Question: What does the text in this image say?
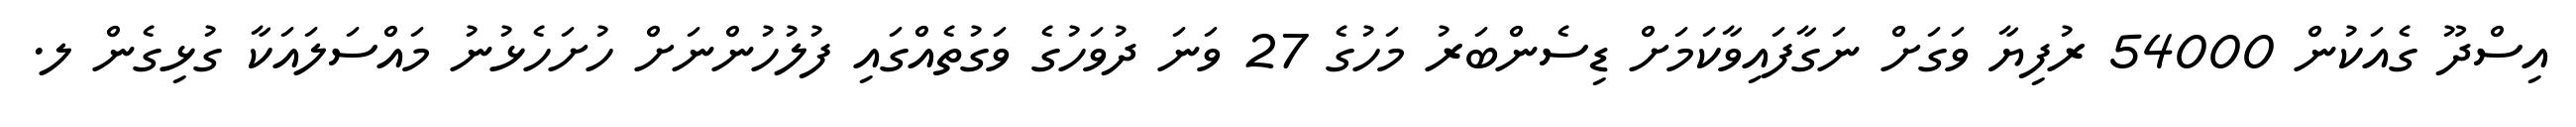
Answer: އިސްދޫ ގެއަކުން 54000 ރުފިޔާ ވަގަށް ނަގާފައިވާކަމަށް ޑިސެންބަރު މަހުގެ 27 ވަނަ ދުވަހުގެ ވަގުތެއްގައި ފުލުހުންނަށް ހުށަހެޅުނު މައްސަލައަކާ ގުޅިގެން ލ.